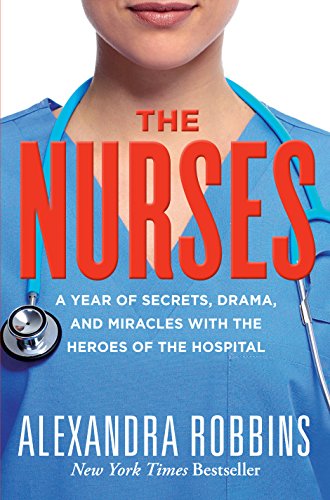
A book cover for The Nurses: A Year of Secrets, Drama, and Miracles with the Heroes of the Hospital; Alexandra Robbins; Medical Books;